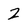
Character: 2